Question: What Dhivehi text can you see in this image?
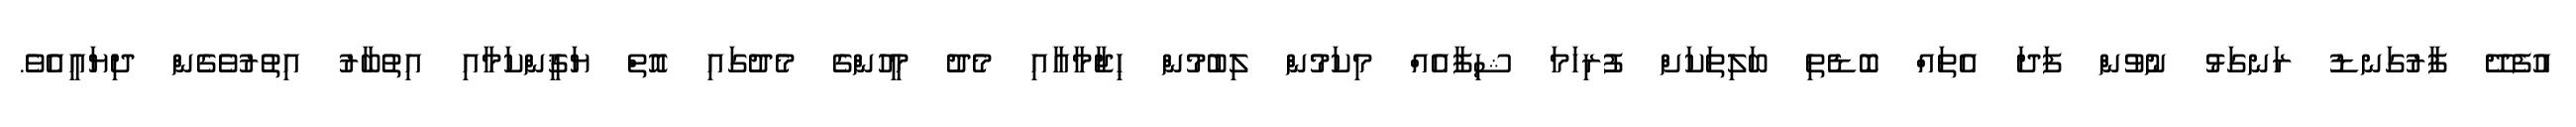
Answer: އުފެދޭ ފާރުގަނޑު ރަނގަޅު ނުވުން ފަދަ އެތައް ބޮޑެތި ބަލިތަކަށް ފުރިހަމަ ޝިފާއެއް މިކަމުން ލިބުމުން ޙިޖާމާއާއި މެދު މީހުންގެ މެދުގައި އޮތް ޔަޤީންކަމާއި އިތުބާރު އިތުރުވެގެން ދިޔައީއެވެ.